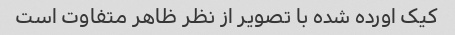
کیک اورده شده با تصویر از نظر ظاهر متفاوت است